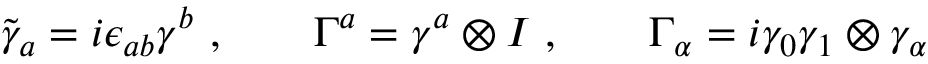
\tilde { \gamma } _ { a } = i \epsilon _ { a b } \gamma ^ { b } \ , \qquad \Gamma ^ { a } = \gamma ^ { a } \otimes I \ , \qquad \Gamma _ { \alpha } = i \gamma _ { 0 } \gamma _ { 1 } \otimes \gamma _ { \alpha } \,